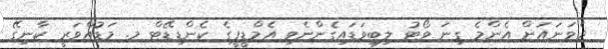
ދެވަނައަށް އެންމެ ގިނަ ވޯޓު ލިބިވަޑައިގެންނެވި އެމްޑީޕީގެ ކެންޑިޑޭޓް މ. މަޑުއްވަރީ ކާނިގޭ